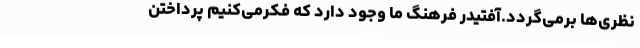
نظری‌ها برمی‌گردد.آفتیدر فرهنگ ما وجود دارد که فکرمی‌کنیم پرداختن